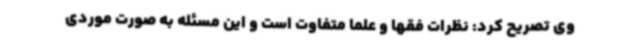
وی تصریح کرد: نظرات فقها و علما متفاوت است و این مسئله به صورت موردی